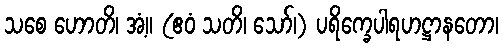
သစေ ဟောတိ၊ အံ့။ (ဧဝံ သတိ၊ သော်၊) ပရိက္ခေပါရဟဋ္ဌာနတော၊